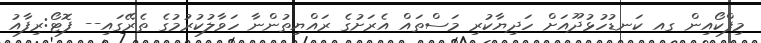
މިފްކޯއިން ގއ ކަނޑުހުޅުދޫއަށް ހަދިޔާކުރި މަސްތައް އެރަށުގެ ރައްޔިތުންނާ ހަވާލުކުރުމުގެ ތެރޭގައި-- ފޮޓޯ:ރިފާއު